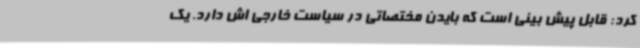
کرد: قابل پیش بینی است که بایدن مختصاتی در سیاست خارجی اش دارد. یک